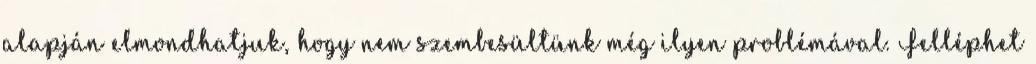
alapján elmondhatjuk, hogy nem szembesültünk még ilyen problémával. Felléphet